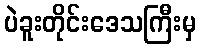
ပဲခူးတိုင်းဒေသကြီးမှ